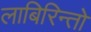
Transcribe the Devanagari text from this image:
लाबिरिन्तो